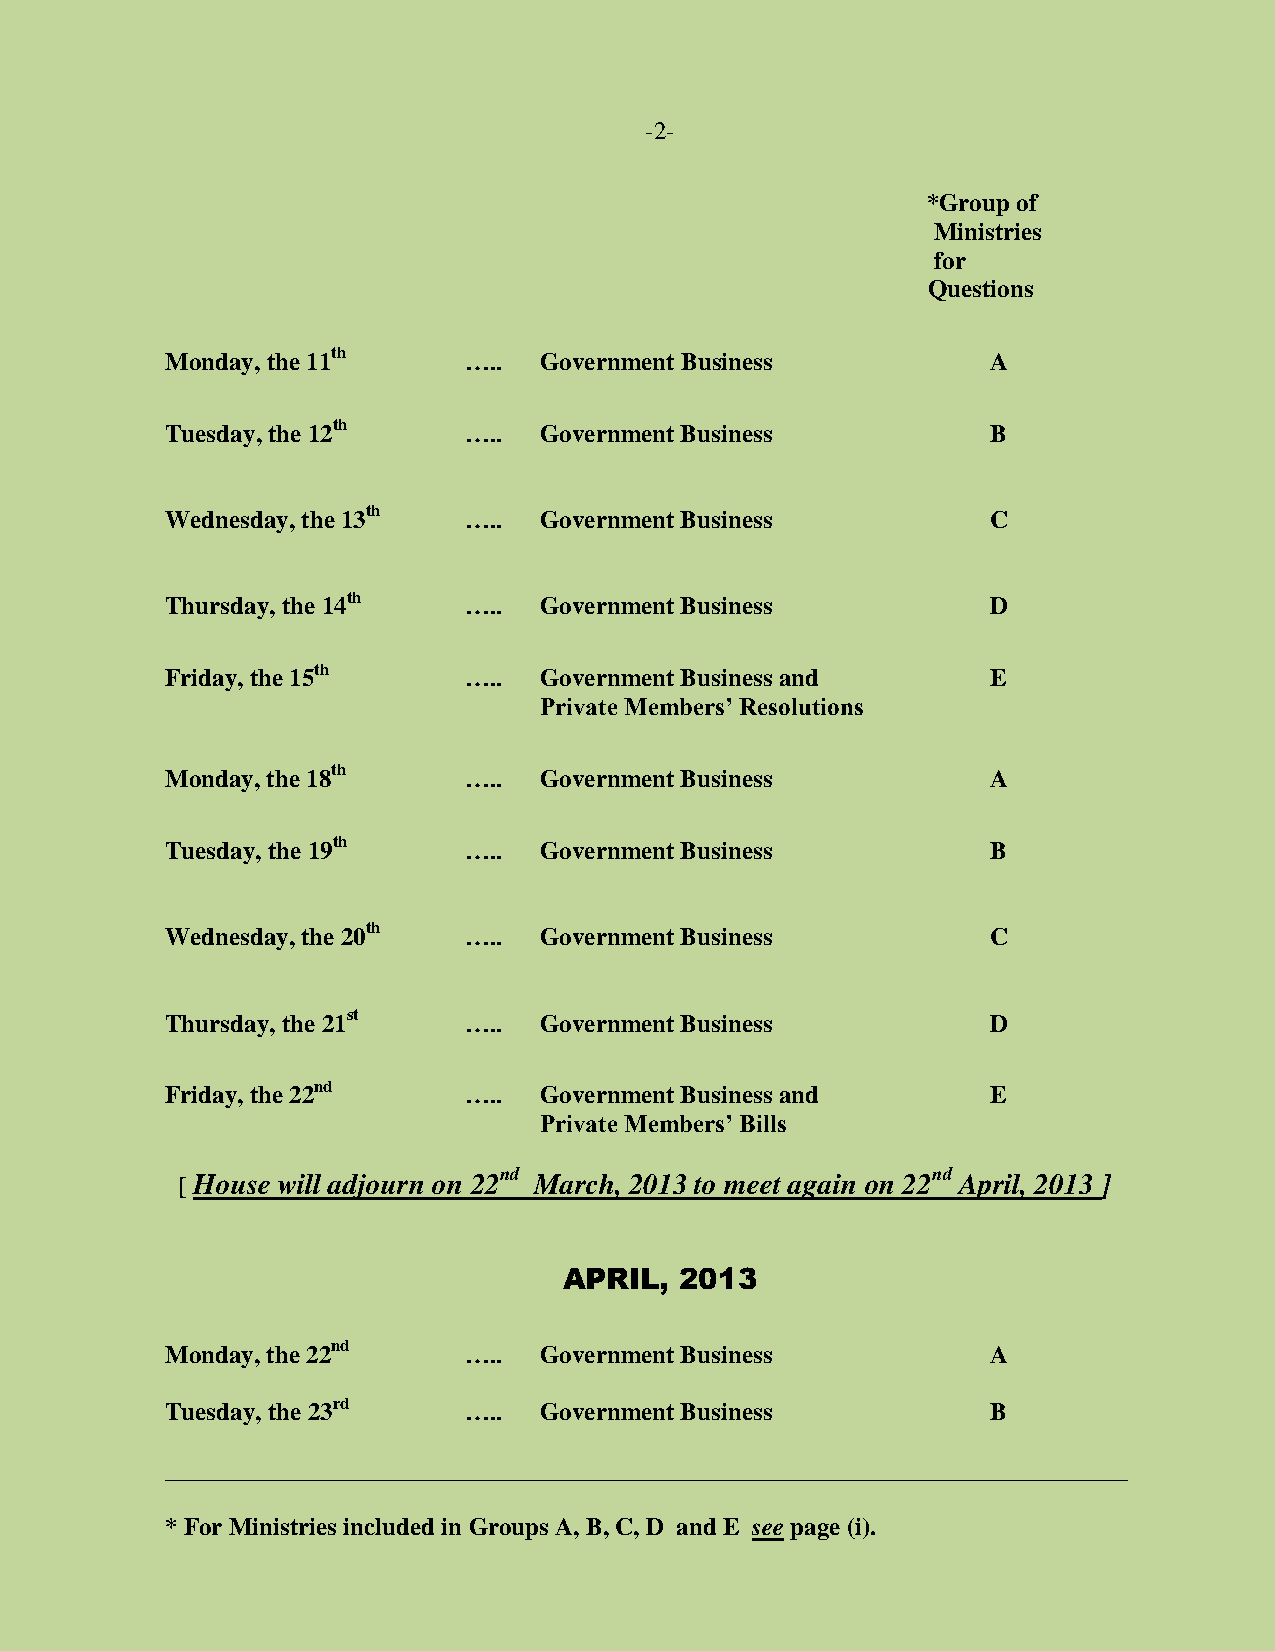
-2-
 *Group of
 Ministries
 for
 Questions
 Monday, the 11th    …..  Government Business           A
 Tuesday, the 12th   …..  Government Business           B
 Wednesday, the 13th …..  Government Business           C
 Thursday, the 14th  …..  Government Business           D
 Friday, the 15th    …..  Government Business and       E
 Private Members’ Resolutions
 Monday, the 18th    …..  Government Business           A
 Tuesday, the 19th   …..  Government Business           B
 Wednesday, the 20th …..  Government Business           C
 Thursday, the 21st  …..  Government Business           D
 Friday, the 22nd    …..  Government Business and       E
 Private Members’ Bills
 [ House will adjourn on 22nd March, 2013 to meet again on 22nd April, 2013 ]
 APRIL,  2013
 Monday, the 22nd    …..  Government Business           A
 Tuesday, the 23rd   …..  Government Business           B
 _____________________________________________________________________________
 * For Ministries included in Groups A, B, C, D and E see page (i).